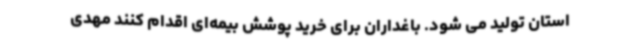
استان تولید می شود. باغداران برای خرید پوشش بیمه‌ای اقدام کنند مهدی